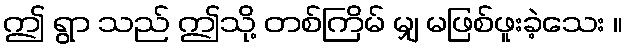
ဤ ရွာ သည် ဤသို့ တစ်ကြိမ် မျှ မဖြစ်ဖူးခဲ့သေး ။